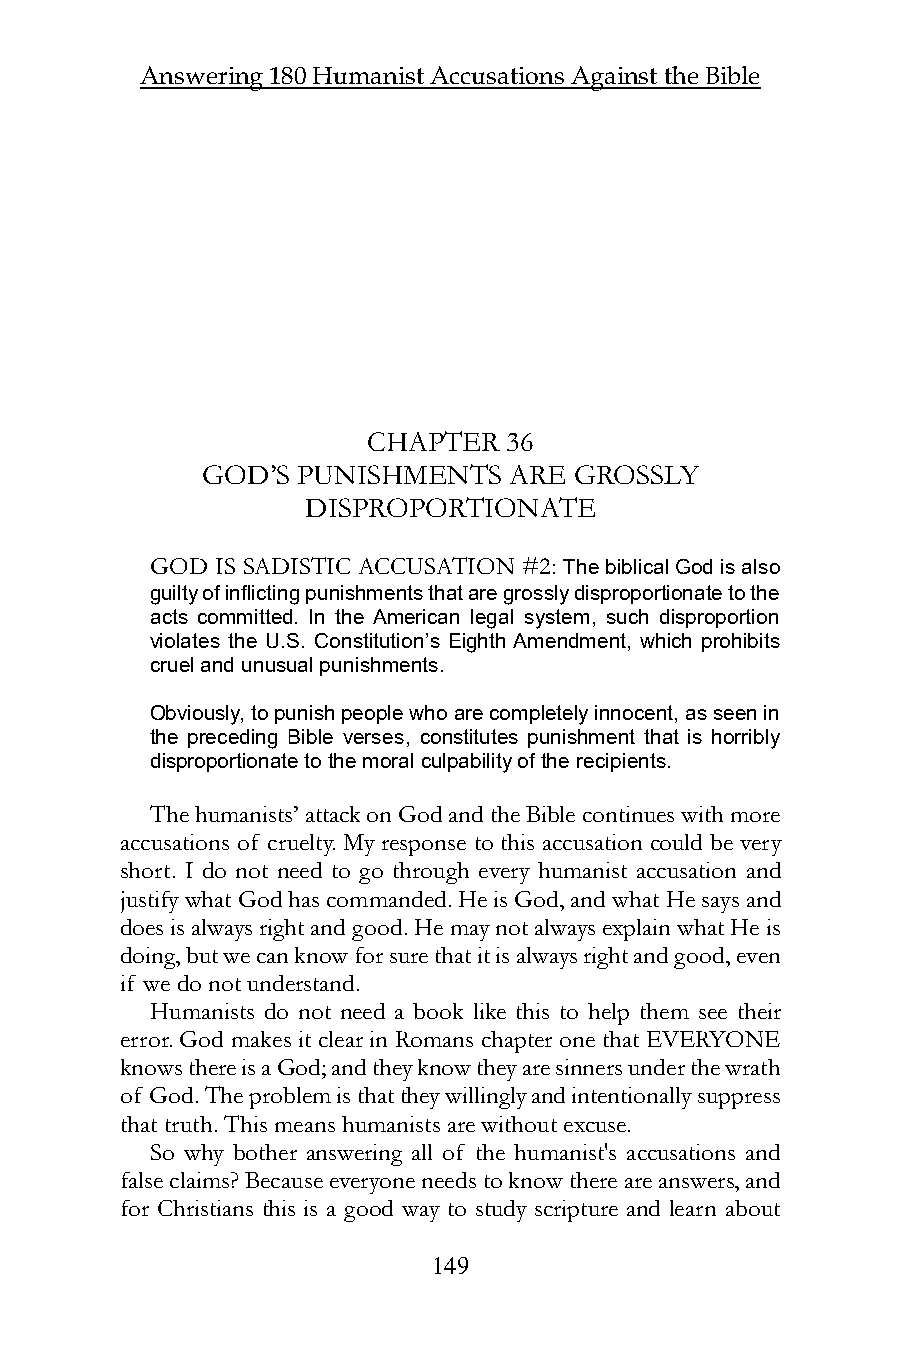
Answering 180 Humanist Accusations Against the Bible
 CHAPTER   36
 GOD’S  PUNISHMENTS   ARE GROSSLY
 DISPROPORTIONATE
 GOD IS SADISTIC ACCUSATION #2: The biblical God is also
 guilty of inflicting punishments that are grossly disproportionate to the
 acts committed. In the American legal system, such disproportion
 violates the U.S. Constitution’s Eighth Amendment, which prohibits
 cruel and unusual punishments.
 Obviously, to punish people who are completely innocent, as seen in
 the preceding Bible verses, constitutes punishment that is horribly
 disproportionate to the moral culpability of the recipients.
 The humanists’ attack on God and the Bible continues with more
 accusations of cruelty. My response to this accusation could be very
 short. I do not need to go through every humanist accusation and
 justify what God has commanded. He is God, and what He says and
 does is always right and good. He may not always explain what He is
 doing, but we can know for sure that it is always right and good, even
 if we do not understand.
 Humanists do not need a book like this to help them see their
 error. God makes it clear in Romans chapter one that EVERYONE
 knows there is a God; and they know they are sinners under the wrath
 of God. The problem is that they willingly and intentionally suppress
 that truth. This means humanists are without excuse.
 So why bother answering all of the humanist's accusations and
 false claims? Because everyone needs to know there are answers, and
 for Christians this is a good way to study scripture and learn about
 149